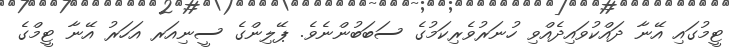
ޓީމުގައި އޭނާ ދައްކުވައިދެއްވި ހުނަރުވެރިކަމުގެ ސަބަބުންނެވެ. ޕޭލިންގެ ސީނިއަރ އަހަރު އޭނާ ޓީމްގެ